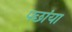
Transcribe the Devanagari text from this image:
पछांया